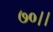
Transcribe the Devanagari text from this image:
७०।।